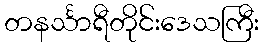
တနင်္သာရီတိုင်းဒေသကြီး